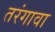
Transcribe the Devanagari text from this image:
तरंगावा